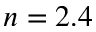
n = 2 . 4